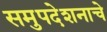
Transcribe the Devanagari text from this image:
समुपदेशनाचे